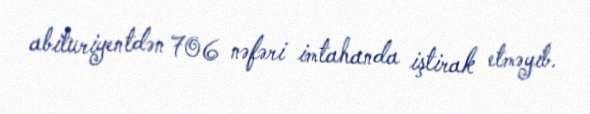
abituriyentdən 706 nəfəri imtahanda iştirak etməyib.